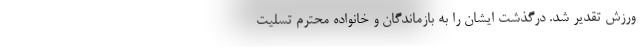
ورزش تقدیر شد. درگذشت ایشان را به بازماندگان و خانواده محترم تسليت